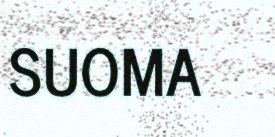
SUOMA